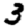
Digit: 3